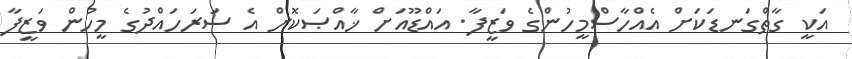
އަކީ ގާތްގަނޑަކަށް އެއްހާސްމީހުންގެ ވަޒީފާ. އައްޑޫއަށް ޚާއްޞަކޮށް އެ ސަރަހައްދުގެ މީހުން ވަޒީފާ